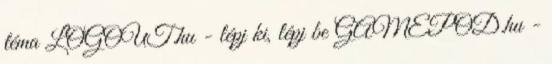
téma LOGOUT.hu - lépj ki, lépj be GAMEPOD.hu -